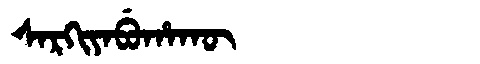
Manchu: ᠰᠠᡵᡴᡳᠶᠠᠪᡠᡥᠠᡴᡡ
Romanization: SARKIYABUHAKŪ